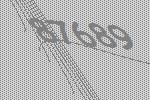
87689